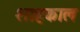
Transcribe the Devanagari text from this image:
शाहकाल